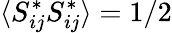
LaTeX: \langle S_{ij}^{*}S_{ij}^{*}\rangle=1/2